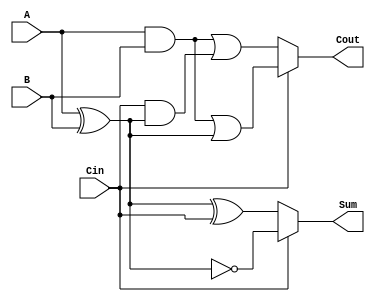
module ConditionalSumFullAdder (
    input wire A,      // First binary input
    input wire B,      // Second binary input
    input wire Cin,    // Carry input
    output wire Sum,   // Sum output
    output wire Cout   // Carry output
);

    // Internal signals for potential sums and carries
    wire Sum0, Sum1;
    wire Cout0, Cout1;

    // Calculate Sum0 and Cout0 assuming no carry from previous addition
    assign Sum0 = A ^ B ^ Cin; // Sum assuming no carry
    assign Cout0 = (A & B) | (Cin & (A ^ B)); // Carry out assuming no carry

    // Calculate Sum1 and Cout1 assuming carry from previous addition
    assign Sum1 = A ^ B ^ 1'b1; // Sum assuming carry
    assign Cout1 = (A & B) | ((A ^ B) & 1'b1); // Carry out assuming carry

    // Select the final Sum and Cout based on Cin
    assign Sum = (Cin == 1'b0) ? Sum0 : Sum1; // Select Sum based on Cin
    assign Cout = (Cin == 1'b0) ? Cout0 : Cout1; // Select Cout based on Cin

endmodule